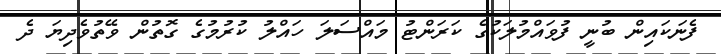
ފެނަކައިން ބުނީ ފުވައްމުލަކުގެ ކަރަންޓު މައްސަލަ ހައްލު ކުރުމުގެ ގޮތުން ވޭތުވެދިޔަ ދެ